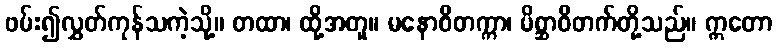
ဖမ်း၍လွှတ်ကုန်သကဲ့သို့။ တထာ၊ ထို့အတူ။ မနောဝိတက္ကာ၊ မိစ္ဆာဝိတက်တို့သည်။ ဣတော